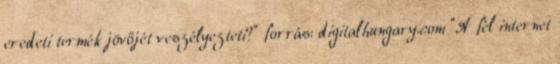
eredeti termék jövőjét veszélyezteti?" forrás: digitalhungary.com "A fél internet